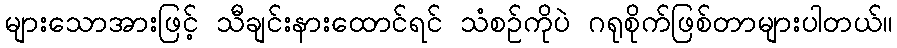
များသောအားဖြင့် သီချင်းနားထောင်ရင် သံစဉ်ကိုပဲ ဂရုစိုက်ဖြစ်တာများပါတယ်။